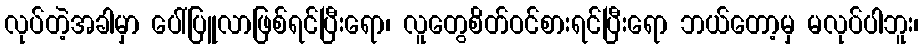
လုပ်တဲ့အခါမှာ ပေါ်ပြူလာဖြစ်ရင်ပြီးရော၊ လူတွေစိတ်ဝင်စားရင်ပြီးရော ဘယ်တော့မှ မလုပ်ပါဘူး၊